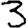
Digit: 3